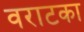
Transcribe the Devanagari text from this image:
वराटका